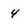
Character: 4